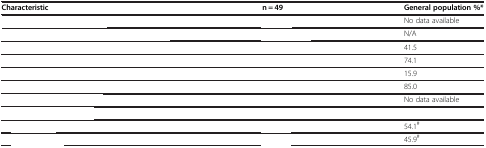
<table><thead><tr><td><b>Characteristic</b></td><td><b>n = 49</b></td><td><b>General population %*</b></td></tr></thead><tbody><tr><td>[EMPTY_CELL]</td><td>[EMPTY_CELL]</td><td>No data available</td></tr><tr><td>[EMPTY_CELL]</td><td>[EMPTY_CELL]</td><td>N/A</td></tr><tr><td>[EMPTY_CELL]</td><td>[EMPTY_CELL]</td><td>41.5</td></tr><tr><td>[EMPTY_CELL]</td><td>[EMPTY_CELL]</td><td>74.1</td></tr><tr><td>[EMPTY_CELL]</td><td>[EMPTY_CELL]</td><td>15.9</td></tr><tr><td>[EMPTY_CELL]</td><td>[EMPTY_CELL]</td><td>85.0</td></tr><tr><td>[EMPTY_CELL]</td><td>[EMPTY_CELL]</td><td>No data available</td></tr><tr><td>[EMPTY_CELL]</td><td>[EMPTY_CELL]</td><td>[EMPTY_CELL]</td></tr><tr><td>[EMPTY_CELL]</td><td>[EMPTY_CELL]</td><td>54.1<sup>#</sup></td></tr><tr><td>[EMPTY_CELL]</td><td>[EMPTY_CELL]</td><td>45.9<sup>#</sup></td></tr></tbody></table>